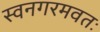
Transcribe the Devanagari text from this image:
स्वनगरमवतः